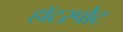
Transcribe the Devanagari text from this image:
हॉटस्‍पौट